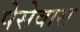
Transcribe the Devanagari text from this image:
पेसेवास